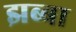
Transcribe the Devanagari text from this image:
झब्बा